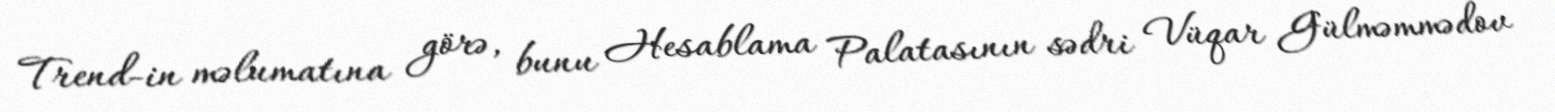
Trend-in məlumatına görə, bunu Hesablama Palatasının sədri Vüqar Gülməmmədov